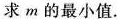
求 m 的最小值.